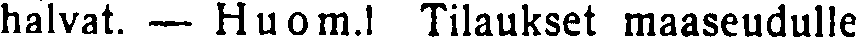
halvat. — Huom.! Tilaukset maaseudulle